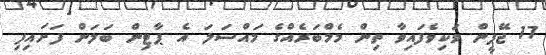
17 ޖޭޕީން ވަކިވެފައިވާ ތިން މެމްބަރެއްގެ މައްސަލަ އެ ޕާޓިން ބަލަން ފަށައިފި